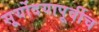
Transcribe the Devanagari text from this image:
सूर्योदयापूर्वीच